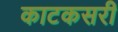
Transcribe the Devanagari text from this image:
काटकसरी